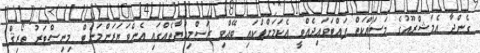
ގެންދާ އެމަޝްރޫއުގެ މަސައްކަތް ފައްޓަވައިދެއްވީ އެކަމަށްޓަކައި ބޭއްވި ރަސްމިއްޔާތެއްގައި އެންވަޔަރަންމަންޓް މިނިސްޓަރު ތޯރިޤް